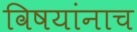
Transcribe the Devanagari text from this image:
विषयांनाच